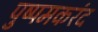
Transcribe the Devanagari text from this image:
पुष्पमकरंद